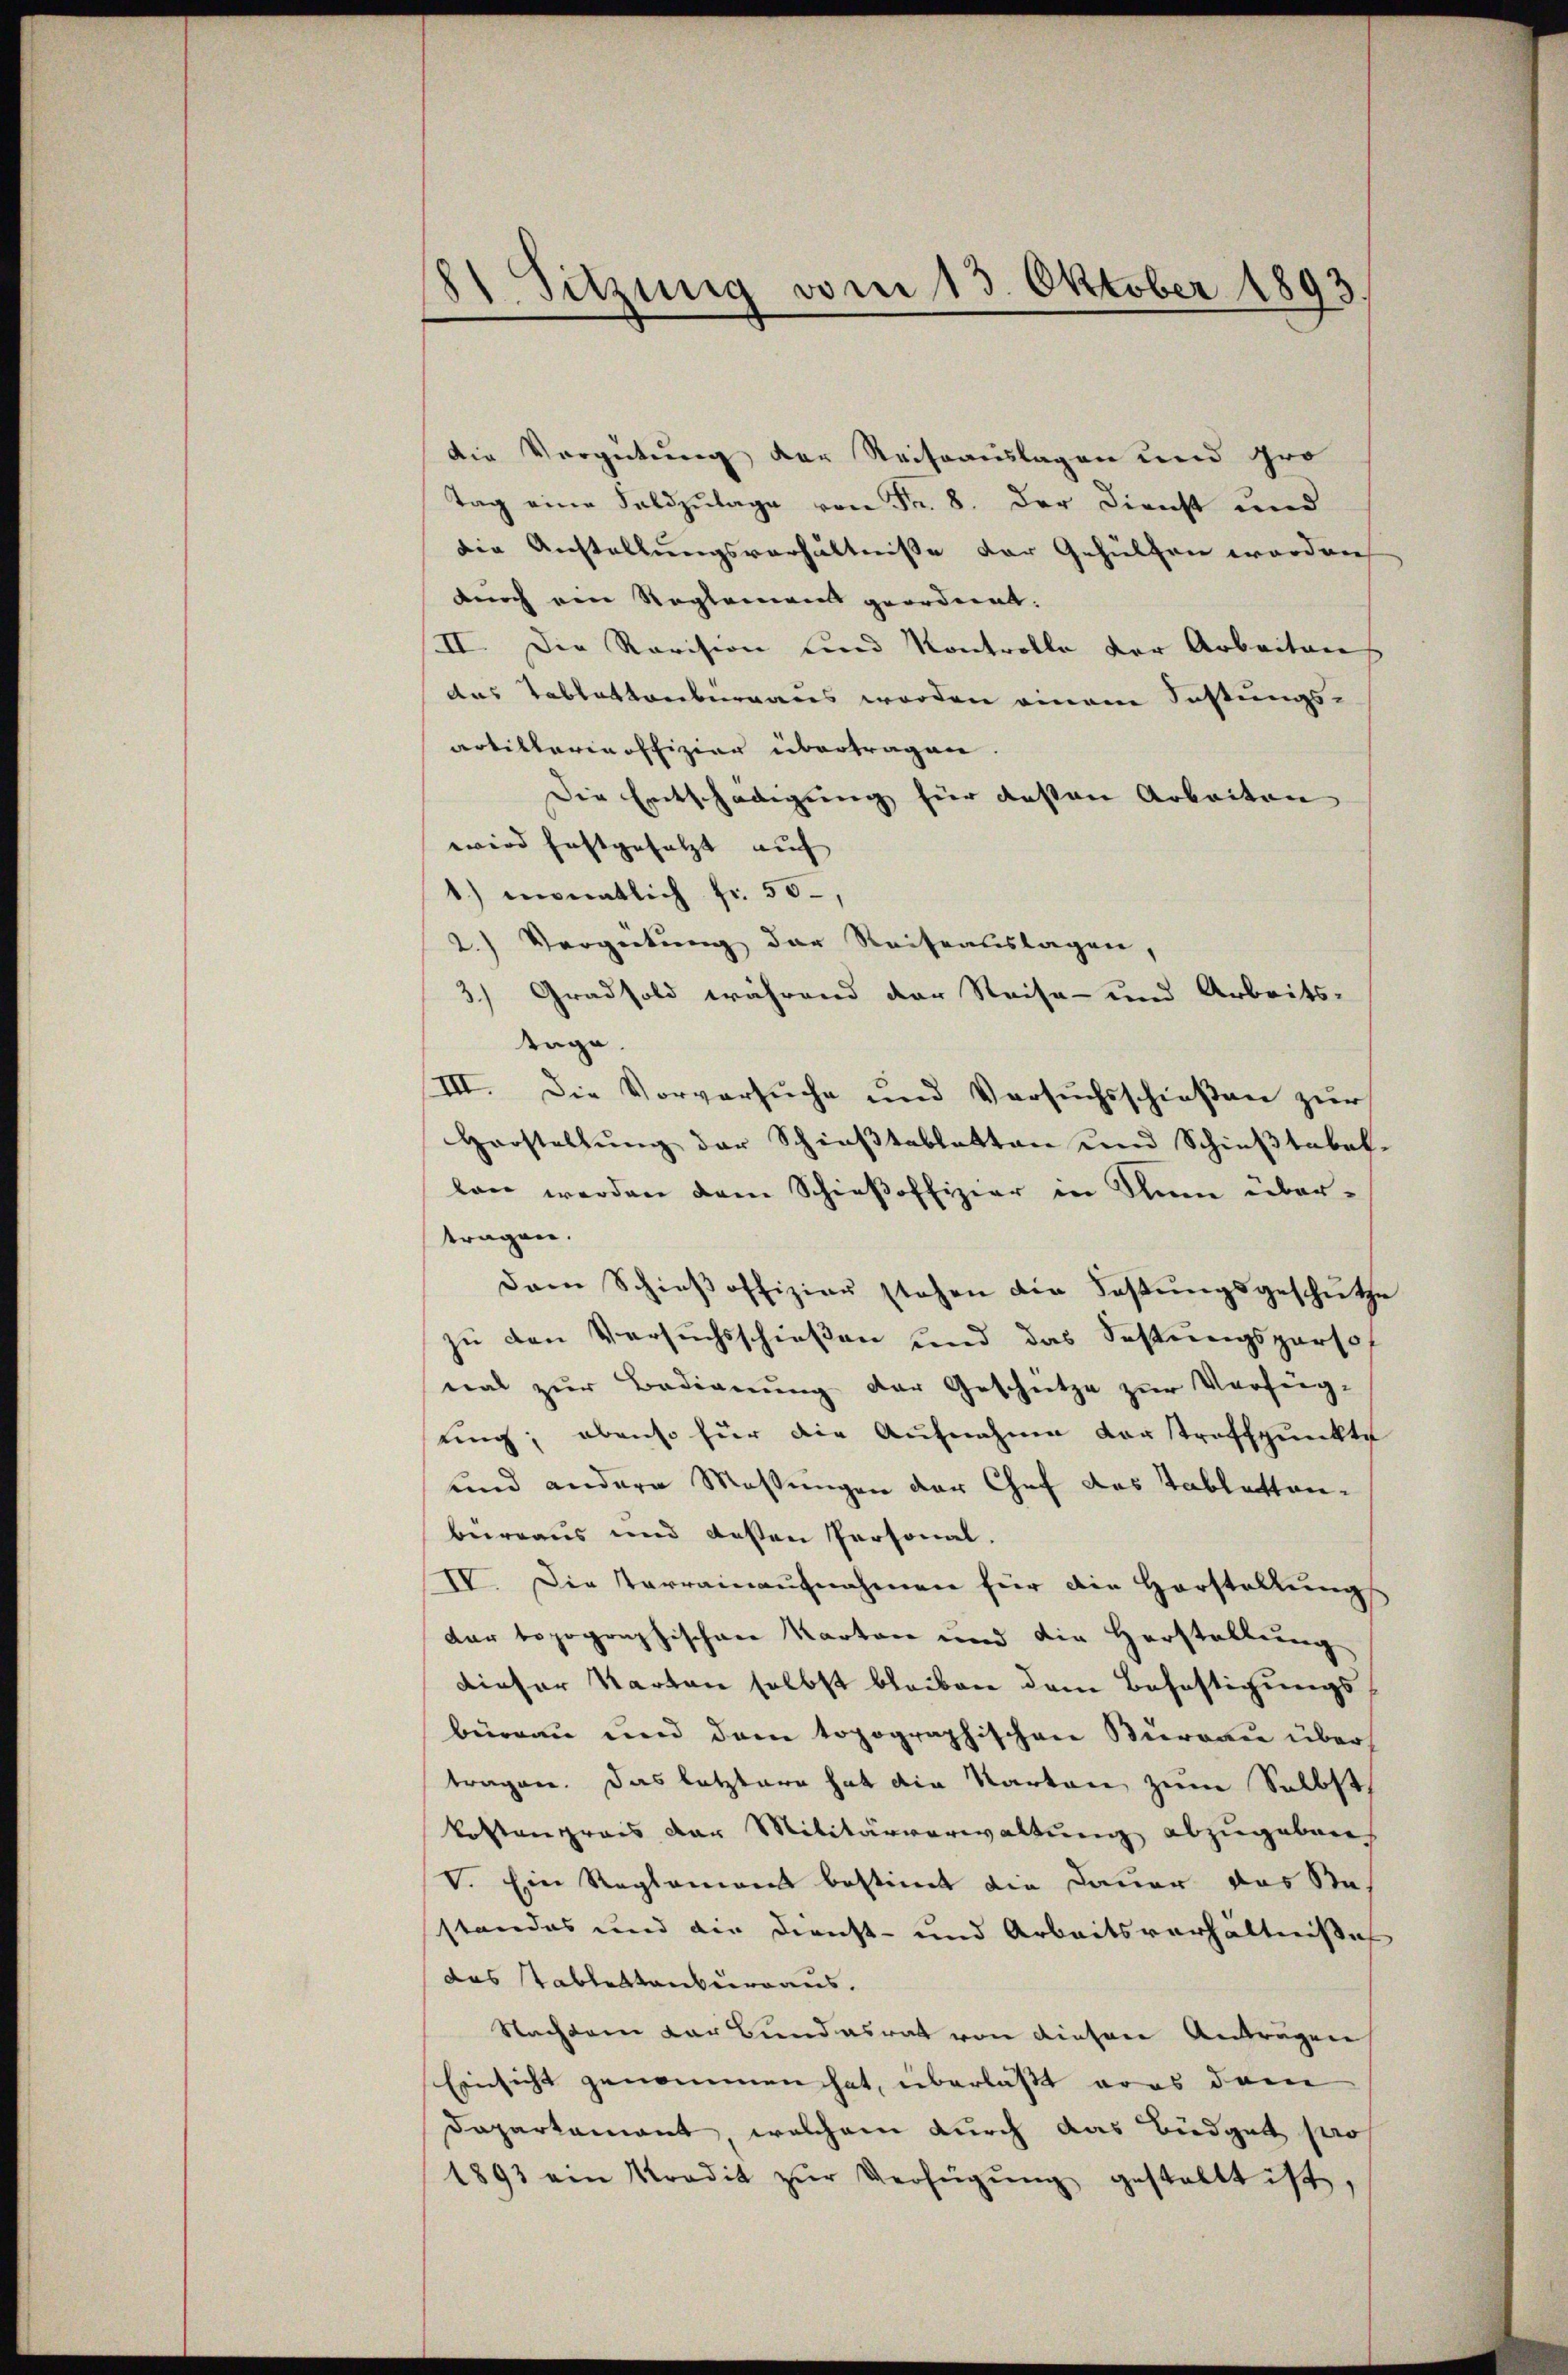
81. Sitzung vom 13. Oktober 1893.

die Vergütung der Reiseauslagen und Gro
Tag eine Feldzulage von Fr. 8. der Dienst und
die Anstellungsverhältnisse der Gehülfen worden
durch ein Reglement geordnet.
II. Die Revision und Kontrolle der Arbeiten
das Tablattenbergans worden einem Festungs-
artillerinoffizier übertragen.
Die Entschädigung für deßen Arbeiten
wird festgesetzt auf |
1) monatlich fr. 55,
2.) Vergütung der Reiseauslagen,
3) Gradsold während der Reise- und Arbeits-
tage.
III. Die Vorversuche und Versuchsschießen zur
Horstellŭng der Schieβtablatten und Schieβtabak-
lan werden dem Schieβoffizier in Thun übertragen.
dam Schieβoffizier stehen die Fastŭngsgeschütze
zu den Versuchsschießen und das Festungsparsof
nal zŭr Bedienŭng der Geschütze zŭr Verfüg-
ung; ebenso für die Aufnahme vorstrafspunkte
und andere Massungen der Chef des Tablatten-
büreaus und dessen Personal.
IV. Die Verrainaufnahmen für die Horstellung
dar topographischen Karten und die Herstellung
dieser Karten selbst bleiben dem Bahnstigungs
büreau und dem topographischen Bureau über
tragen. Das letztere hat die Karten zum Selbst
kostenprais der Militärverwaltung abzugeben
V. Ein Reglement bestimmt die Dauer das Stastandes und die Dienst- und Arbeitsverhältnisse
das Tablestanburraus.
Nachten der Bundesrat von diesen Anträgen
Einsicht genommen hat, überlässt ares dem
Dapartamant, welchem durch das Büdget pro
1893 am Predit zŭr Verfügŭng gestalt ist,